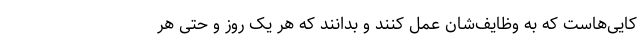
کایی‌هاست که به وظایف‌شان عمل کنند و بدانند که هر یک روز و حتی هر